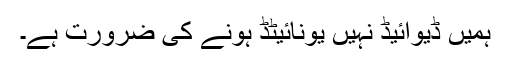
ہمیں ڈیوائیڈ نہیں یونائیٹڈ ہونے کی ضرورت ہے۔